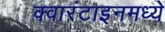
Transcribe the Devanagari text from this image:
क्वारंटाइनमध्ये